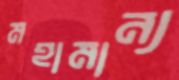
মহামান্য